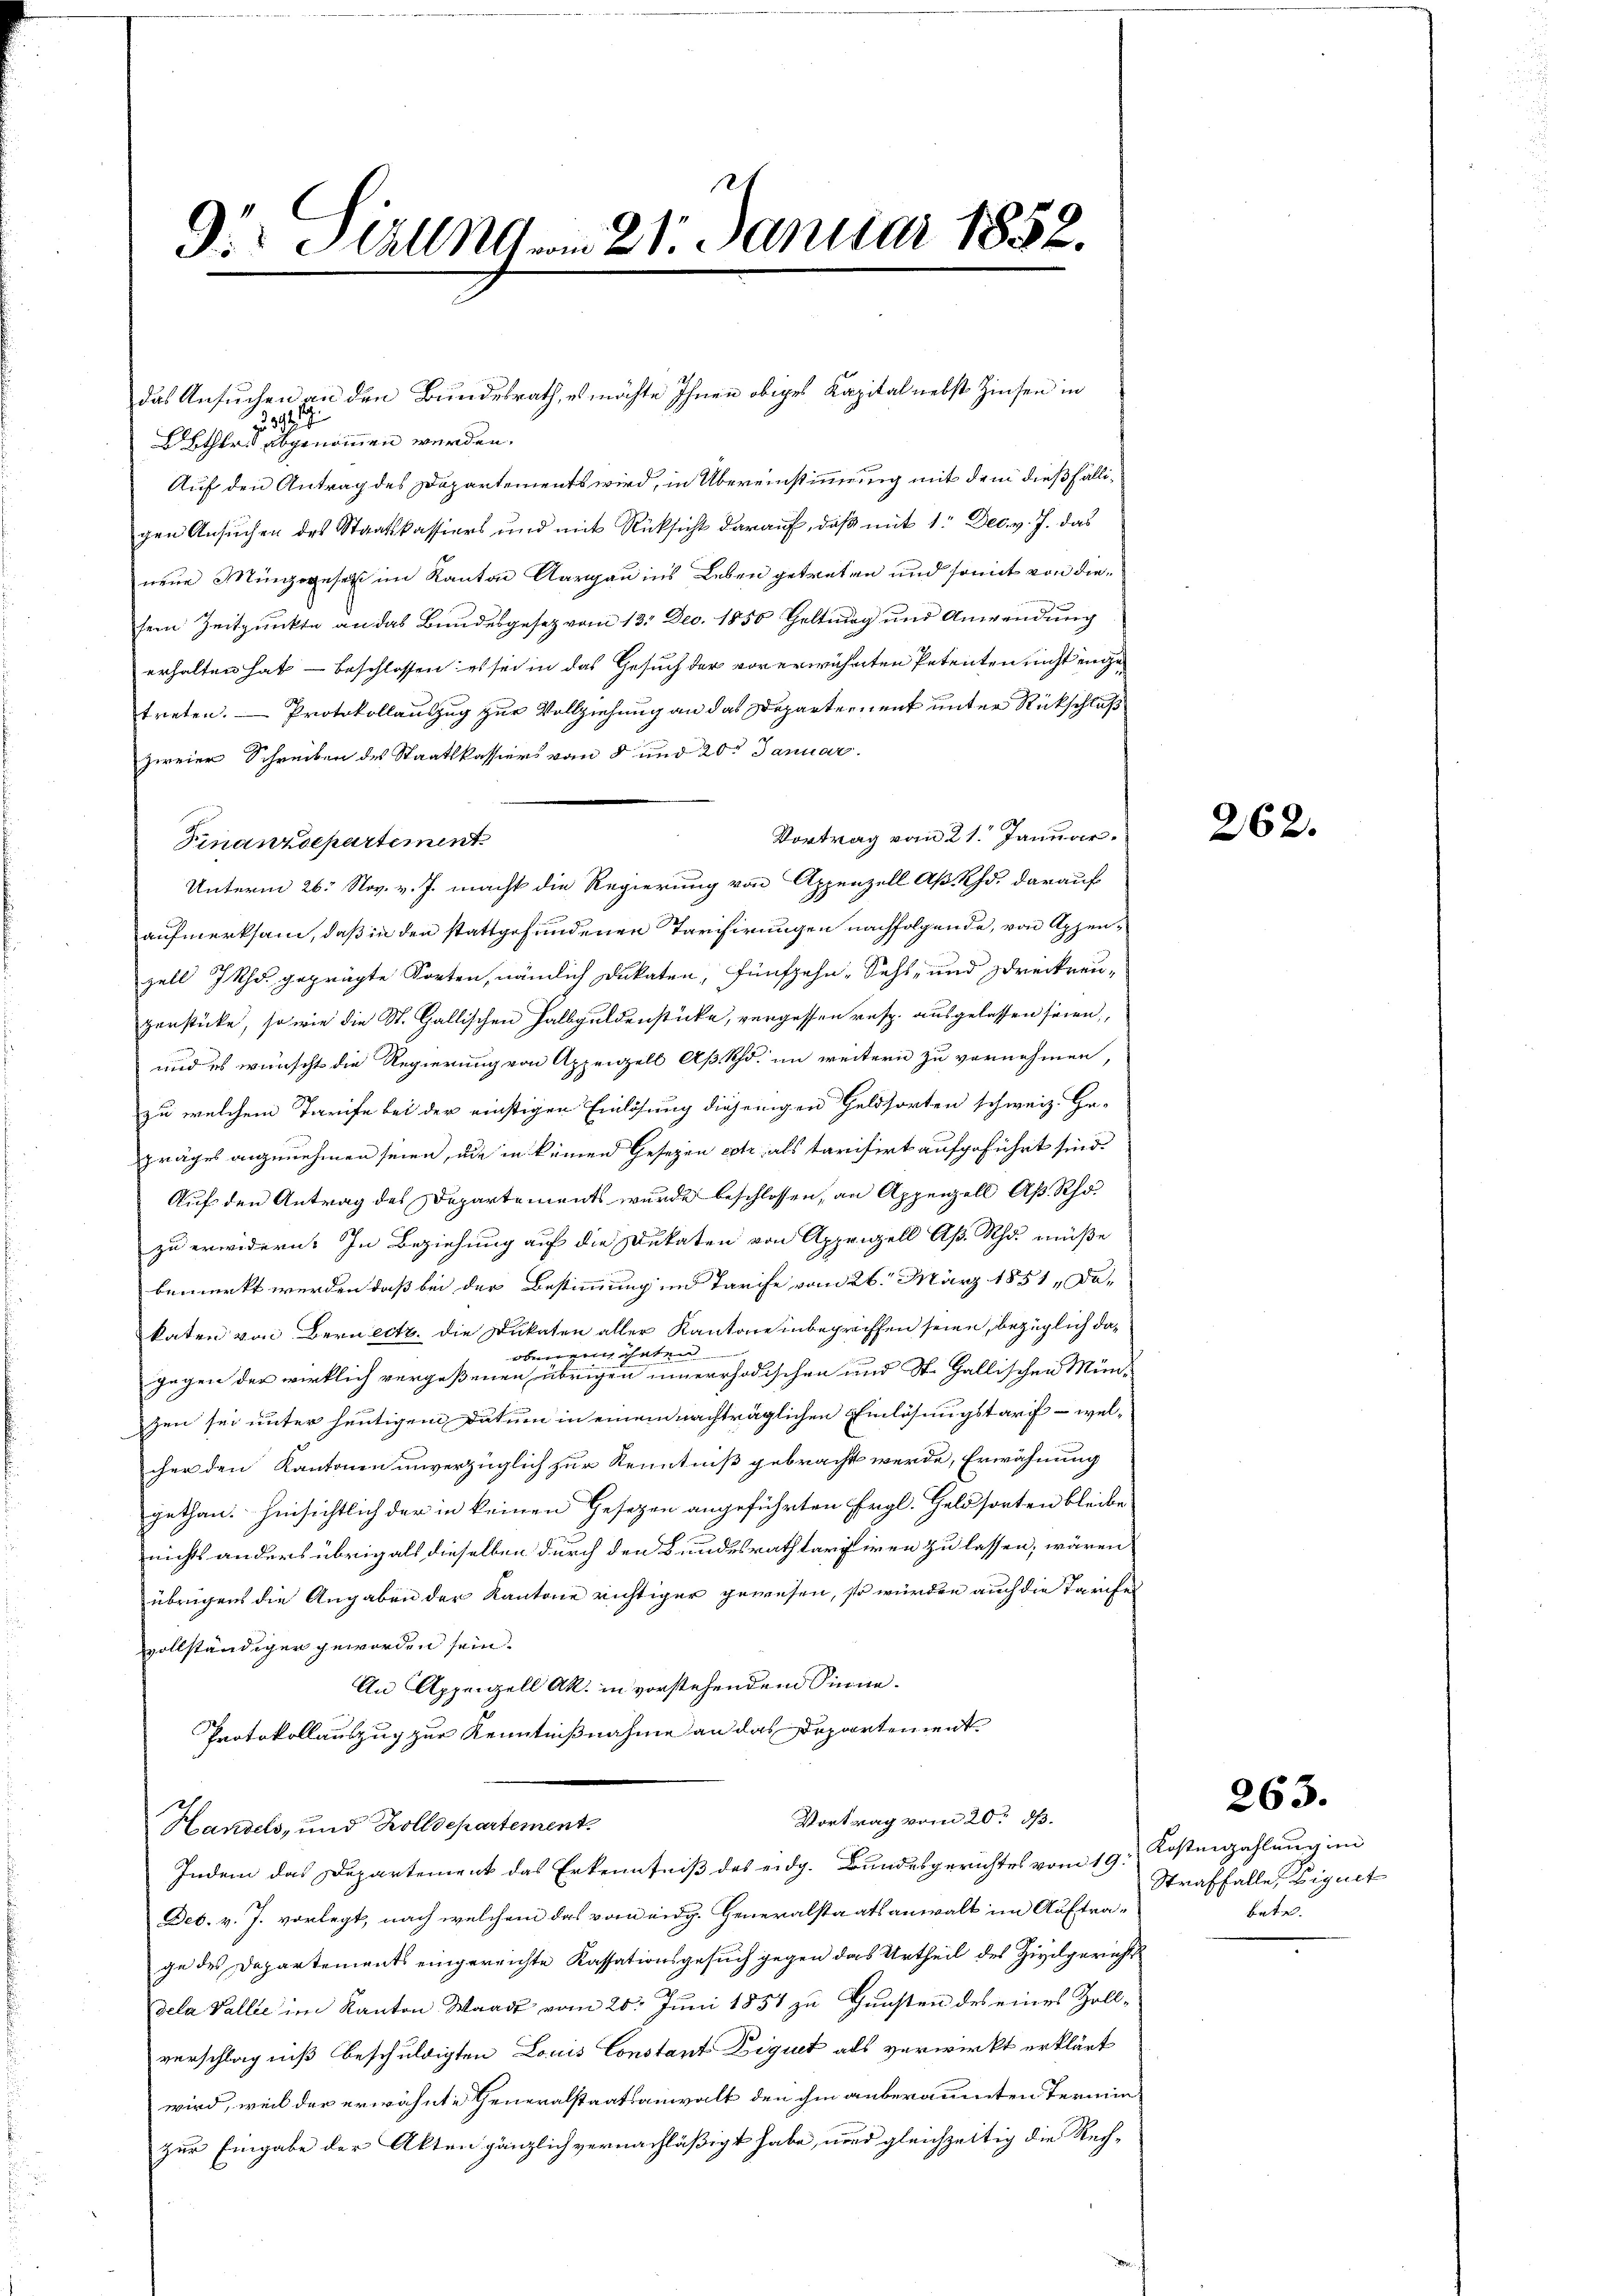
21
9. Hall vom 21. Januar 1852.

3994
Bethers abgenommen werden.
Auf den Antrag des Departements wird, in Übereinstimmung mit dem dießfälligen Ansuchen des Staatskassiers und mit Rücksicht darauf, daß mit 1. Dec. v. J. das
neue Minogesetzt im Kanton Aargau ins Leben getreten und somit von diesem Zeitpunkte an das Bundesgesetz vom 13. Dec. 1850 Haltung und Anwendung
erhalten hat - beschlossen: es sei in das Gesuch der vorerwähnten Petenten nicht engetreten. — Protokollauszug zur Vollziehung an das Departernent unter Rückschluß
zweier Schreiben des Staatskassiers von 8 und 20 Januar.
Vortrag vom 21. Januar.
Unterm 26. Nov. v. J. macht die Regierung von Appenzell A.-Rh. darauf
aufmerksam, daß in den stattgefundenen Tarifirungen nachfolgende, von Appenzell Ihr geprägte Sorten, nämlich Dukaten, fünfzehn - Seht, und dreikreuzerstücke, so wie die St. Gallischen Halbguldenstücke, vergessen resp. ausgelassen seien,
und es wünscht die Regierung von Appenzell Aßkho, im weitern zu vornehmen,
zu welchem Tarife bei der einstigen Einlösung diejenigen Geldsorten schweiz. Ge-
präges anzunehmen seien, die in keinen Gesetzen extr als tarifirt aufgeführt sind.
Auf den Antrag des Departements wurde beschlossen, an Appenzell Ap. Rhozu erwidern. In Beziehung auf die Dukaten von Appriell A. Schu müße
bemerkt werden, daß bei der Bestimmung im Tarife vom 26. März 1851, Dakaten von Bernelt, die Dukaten aller Kantone inbegriffen seien, bezüglich daobenen haten
gegen der wirklich vergeßenen übrigen innerrhodischen und St. Gallischen Münzen sei unter heutigem Datum in einem nachträglichen Einlösungstarif - welcher den Kantonen unverzüglich zur Kenntniß gebracht werde, Erwähnung
gethan. Hinsichtlich der in keinen Gesetzen angeführten Ergl. Geldsorten bleibe
nichts anders übrig als dieselben durch den Bundesrath tariiren zu lassen, wären
übrigens die Angaben der Kantone richtiger gewesen, so würden auch die Tarifel
vollständiger geworden sein.
An Appenzell Ak. in vorstehenden Sinne.
Protokollauszug zur Kenntnißnahme an das Departement
Vortrag vom 20. ds.
Handels, und Zolldepartement
Indem das Departement das Erkenntniß des eidg. Bundesgerichtes vom 19. Kostenzahlung im
Dec. v. J. vorlegt, nach welchem das vor eidg. Generalstaatsanwalt im Auftrage des Departements eingereichte Kassationsgesuch gegen das Urtheil des Zivdgericht
dela Vallie im Kanton Waadt vom 20. Juni 1851 zu Gunsten des eines Zollverschlagniß beschuldigten Louis Constant Diquet als verwirkt erklärt
wird, weil der erwähnte Generalstaatsanwalt den ihm anberauenten Terminzur Eingabe der Akten gänzlich vernachläßigt habe, und gleichzeitig die Rech-

das Ansuchen an den Bundesrath, es möchte Ihnen obiges Kapital nebst Zinsen in

262.

Finanzdepartement

263.

Straffalle, Eignet
bete